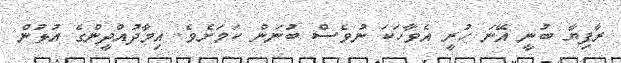
ރާފިޔާ ބުނީ އޭނަ ހުރީ އެވާހަކަ ނުވެސް ބުނަން ކަމަށެވެ. އިމާދުއްދީންގެ އުޅުން